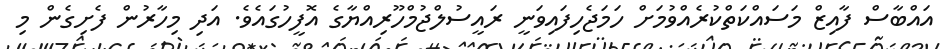
އައްބާސް ފާއިޒް މަސައްކަތްކުރެއްވުމަށް ހަމަޖެހިފައިވަނީ ރައީސުލްޖުމްހޫރިއްޔާގެ އޮފީހުގައެވެ. އަދި މިހާރުން ފެށިގެން މި